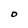
Character: O